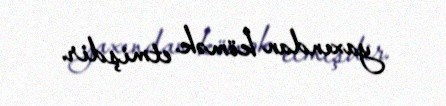
yaxından kömək etmişdir.